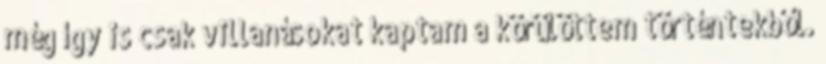
még így is csak villanásokat kaptam a körülöttem történtekből.